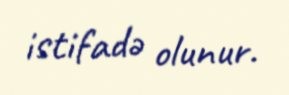
istifadə olunur.